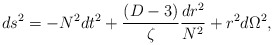
\begin{align*}ds^2 = - N^2 dt^2 +\frac{(D-3) }{\zeta }\frac{dr^2}{N^2} +r^2 d\Omega^2,\end{align*}